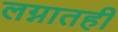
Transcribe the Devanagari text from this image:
लग्नातही